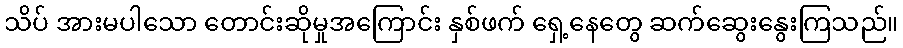
သိပ် အားမပါသော တောင်းဆိုမှုအကြောင်း နှစ်ဖက် ရှေ့နေတွေ ဆက်ဆွေးနွေးကြသည်။